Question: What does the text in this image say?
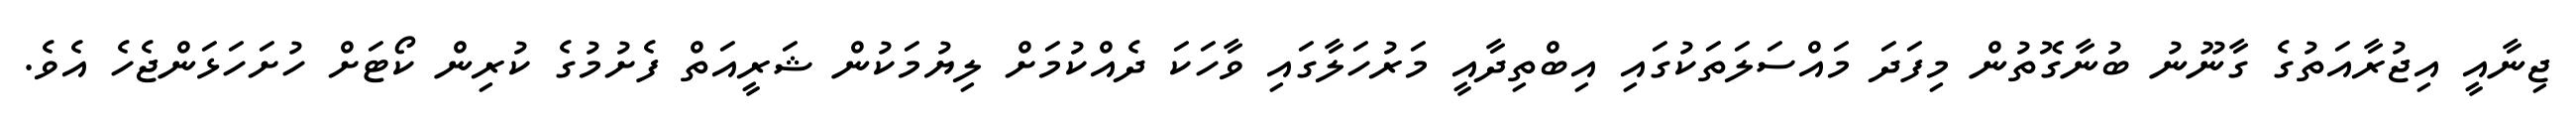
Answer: ޖިނާއީ އިޖުރާއަތުގެ ގާނޫނު ބުނާގޮތުން މިފަދަ މައްސަލަތަކުގައި އިބްތިދާއީ މަރުހަލާގައި ވާހަކަ ދެއްކުމަށް ލިޔުމަކުން ޝަރީއަތް ފެށުމުގެ ކުރިން ކޯޓަށް ހުށަހަޅަންޖެހެ އެވެ.